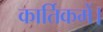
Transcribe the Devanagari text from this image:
कार्तिकमें।